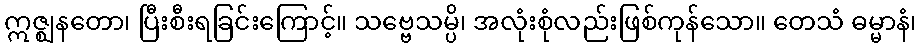
ဣဇ္ဈနတော၊ ပြီးစီးရခြင်းကြောင့်။ သဗ္ဗေသမ္ပိ၊ အလုံးစုံလည်းဖြစ်ကုန်သော။ တေသံ ဓမ္မာနံ၊